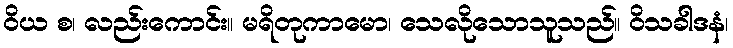
ဝိယ စ၊ လည်းကောင်း။ မရိတုကာမော၊ သေလိုသောသူသည်။ ဝိသခါဒနံ၊